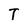
Character: T